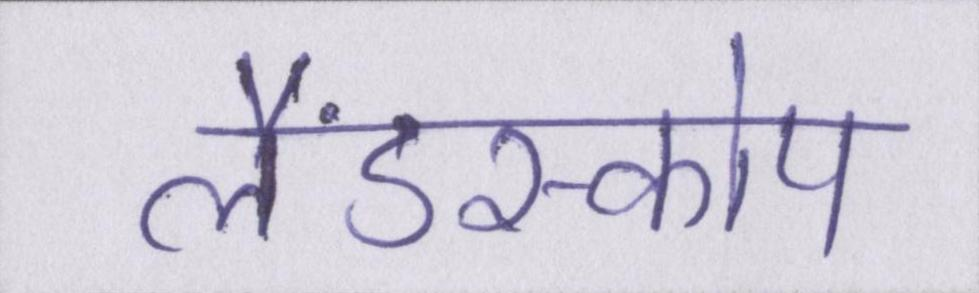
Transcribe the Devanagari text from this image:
लैंडस्कोप